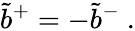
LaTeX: \tilde{b}^{+}=-\tilde{b}^{-}~.